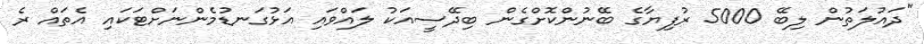
"ދައުލަތުން ލިބޭ 5000 ރުފިޔާގެ ބޭނުންކޮށްގެން ބިދޭސީއަކު ލައްވައި އަޅުގަނޑުމެންނަށްޓަކައި އެތައް ރެ